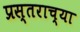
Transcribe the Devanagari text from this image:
प्रस्तराच्या